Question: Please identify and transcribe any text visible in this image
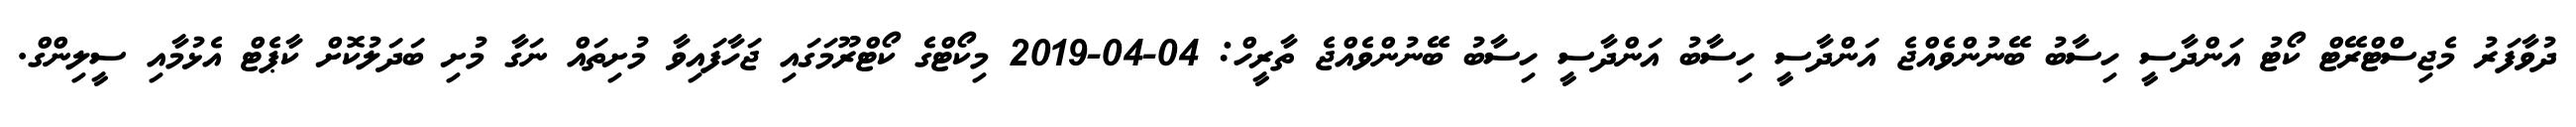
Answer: ދުވާފަރު މެޖިސްޓްރޭޓް ކޯޓު އަންދާސީ ހިސާބު ބޭނުންވެއްޖެ އަންދާސީ ހިސާބު އަންދާސީ ހިސާބު ބޭނުންވެއްޖެ ތާރީހް: 04-04-2019 މިކޯޓްގެ ކޯޓްރޫމަގައި ޖަހާފައިވާ މުށިތައް ނަގާ މުށި ބަދަލުކޮށް ކާޕެޓް އެޅުމާއި ސީލިންގް.